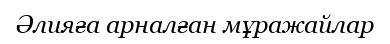
Әлияға арналған мұражайлар